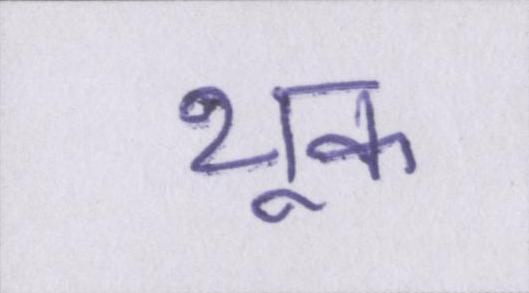
थूक